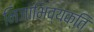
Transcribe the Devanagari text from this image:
निजाभिव्यक्ति